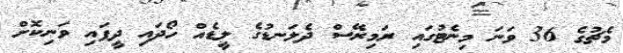
މެޗުގެ 36 ވަނަ މިނެޓުގައި ރަމިރޭސް ދެލަނޑުގެ ލީޑެއް ހޯދައި ދީފައި ވަނިކޮށް